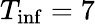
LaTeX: T_{\mathrm{inf}}=7